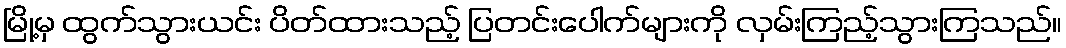
မြို့မှ ထွက်သွားယင်း ပိတ်ထားသည့် ပြတင်းပေါက်များကို လှမ်းကြည့်သွားကြသည်။